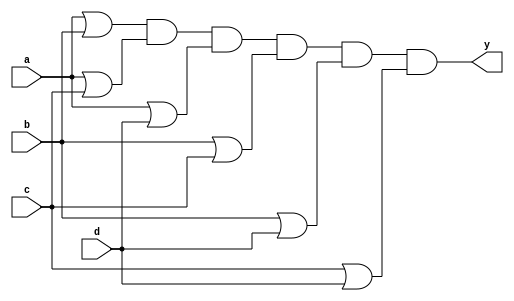
module moduleName (a, b, c, d, y);
  // Verilog code that implements this majority function
  input a,b,c,d;
  output y;
  wire aPb;
  or(aPb, a, b);
  wire aPc;
  or(aPc, a, c);
  wire aPd;
  or(aPd, a, d);
  wire bPc;
  or(bPc, b, c);
  wire bPd;
  or(bPd, b, d);
  wire cPd;
  or(cPd, c, d);
  and(y, aPb, aPc, aPd, bPc, bPd, cPd);
endmodule